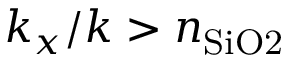
k _ { x } / k > n _ { \mathrm { S i O 2 } }